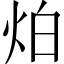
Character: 𤇢